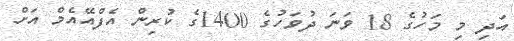
އަދި މި މަހުގެ 18 ވަނަ ދުވަހުގެ 1400ގެ ކުރިން އެފްއޭއެމް އަށް